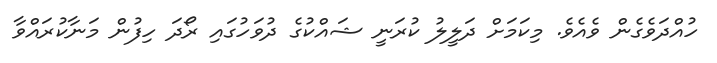
ހުއްދަވެގެން ވެއެވެ. މިކަމަށް ދަލީލު ކުރަނީ ޝައްކުގެ ދުވަހުގައި ރޯދަ ހިފުން މަނާކުރައްވާ